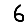
Digit: 6